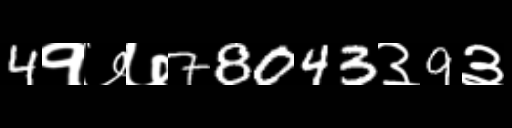
Text: 4१७७78043३9३